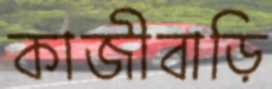
কাজীবাড়ি